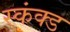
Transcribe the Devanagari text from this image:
स्कंक्ड